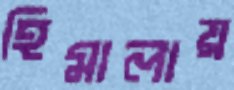
হিমালায়